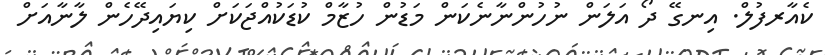
ކެއާރފުލް. އިނގޭ ދޯ އަލަން ނުހުންނާނެކަން މަޑުން ހުޒާމް ކުޑަކުއްޖަކަށް ކިޔައިދޭހެން ލާނާއަށް